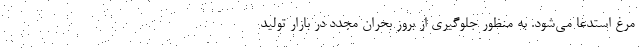
مرغ استدعا می‌شود. به منظور جلوگیری از بروز بحران مجدد در بازار تولید